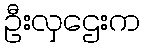
ဦးလှဌေးက